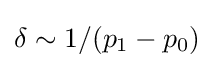
\delta \sim 1/(p_{1}-p_{0})